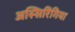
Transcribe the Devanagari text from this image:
अस्सिरिंगिया